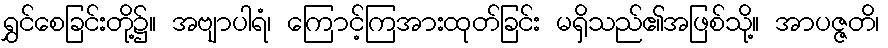
ရွှင်စေခြင်းတို့၌။ အဗျာပါရံ၊ ကြောင့်ကြအားထုတ်ခြင်း မရှိသည်၏အဖြစ်သို့။ အာပဇ္ဇတိ၊